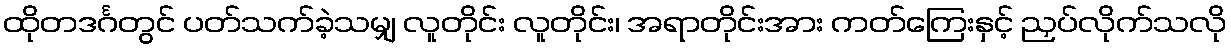
ထိုတဒင်္ဂတွင် ပတ်သက်ခဲ့သမျှ လူတိုင်း လူတိုင်း၊ အရာတိုင်းအား ကတ်ကြေးနှင့် ညှပ်လိုက်သလို